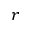
r